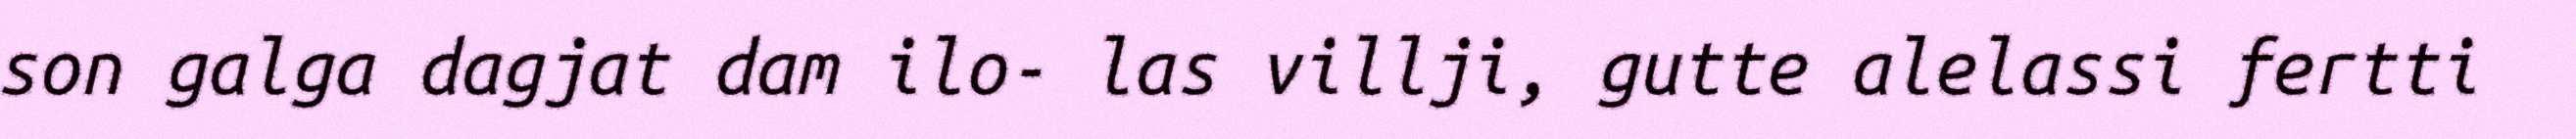
son galga dagjat dam ilo- las villji, gutte alelassi fertti